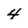
Character: 4